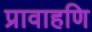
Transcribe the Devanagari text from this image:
प्रावाहणि